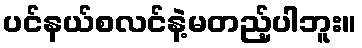
ပင်နယ်စလင်နဲ့မတည့်ပါဘူး။